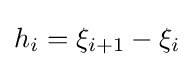
h_{i}=\xi _{i+1}-\xi _{i}